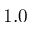
1 . 0